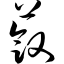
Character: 蔹